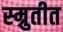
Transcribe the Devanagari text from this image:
स्म्रुतीत